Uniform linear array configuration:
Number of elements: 48
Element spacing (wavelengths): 0.5
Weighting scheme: exponential
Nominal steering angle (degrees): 0
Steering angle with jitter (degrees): -0.2747
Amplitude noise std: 0.05
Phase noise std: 0.05

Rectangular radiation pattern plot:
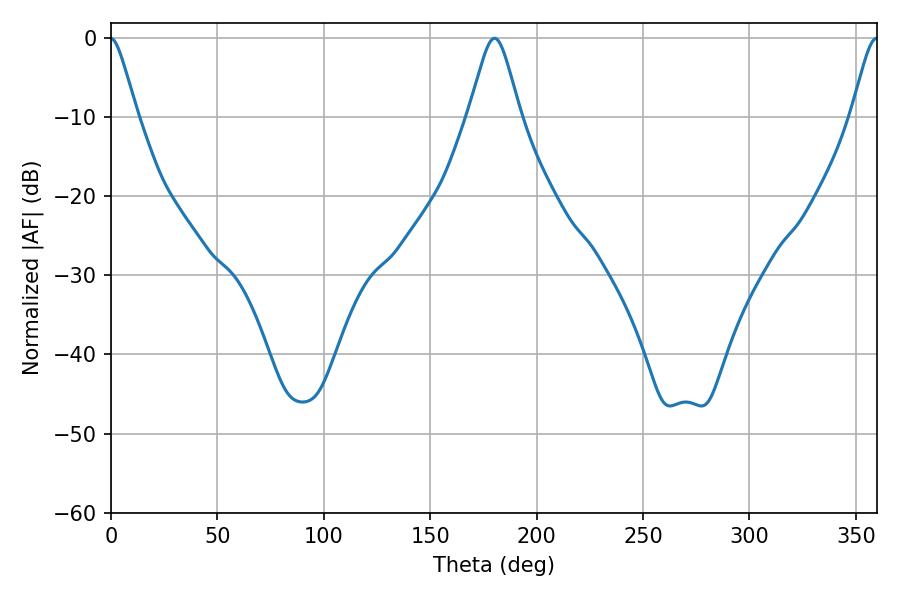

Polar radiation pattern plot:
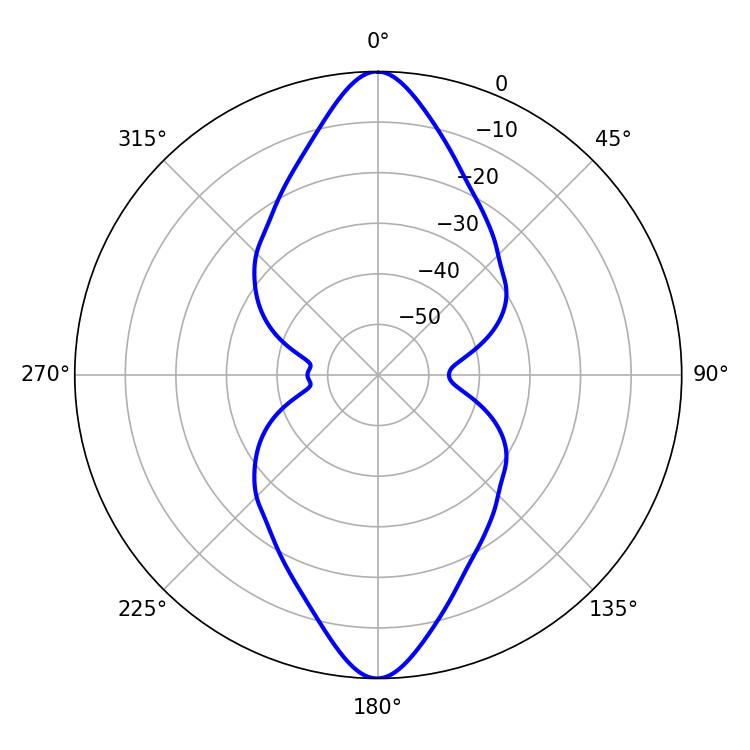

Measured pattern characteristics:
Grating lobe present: FALSE
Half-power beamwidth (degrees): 11.52
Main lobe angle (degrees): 180.18